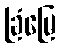
ခြံမြေ